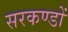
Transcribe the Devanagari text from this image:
सरकण्डों